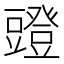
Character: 𧰐